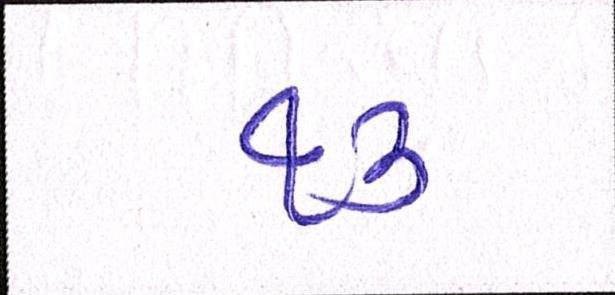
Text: ૧૩